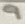
Text: 9